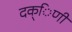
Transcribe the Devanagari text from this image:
दक्िणी